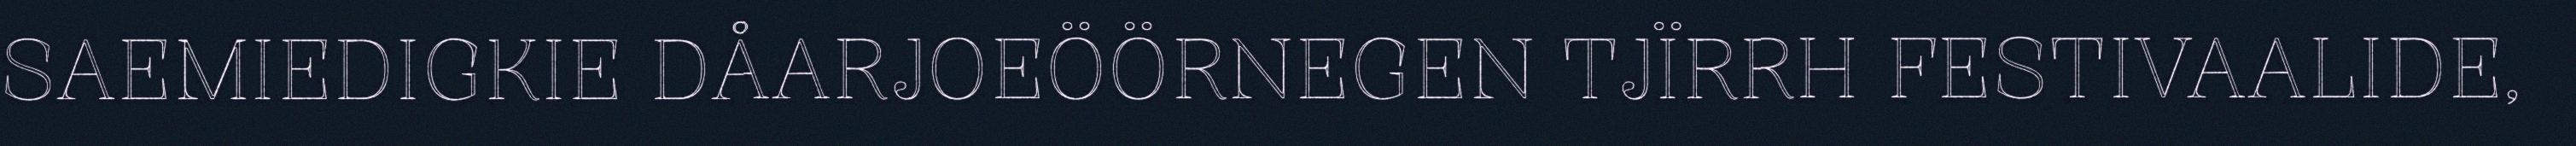
SAEMIEDIGKIE DÅARJOEÖÖRNEGEN TJÏRRH FESTIVAALIDE,